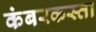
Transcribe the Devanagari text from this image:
कंबरकस्ता